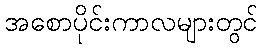
အစောပိုင်းကာလများတွင်